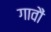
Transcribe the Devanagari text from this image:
गावौं